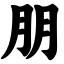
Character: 朋